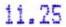
11.25